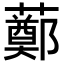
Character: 𧀿